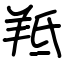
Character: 羝